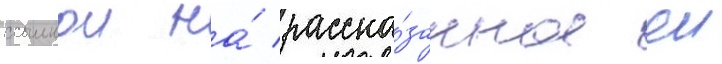
ссылкои на́ расска́занное еи